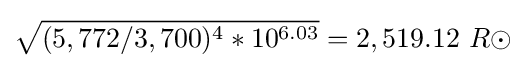
{\sqrt {(5,772/3,700)^{4}*10^{6.03}}}=2,519.12\ R\odot